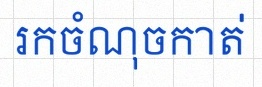
រកចំណុចកាត់